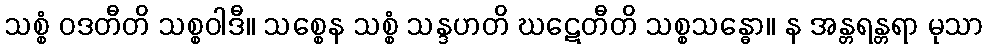
သစ္စံ ဝဒတီတိ သစ္စဝါဒီ။ သစ္စေန သစ္စံ သန္ဒဟတိ ဃဋေတီတိ သစ္စသန္ဓော။ န အန္တရန္တရာ မုသာ